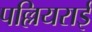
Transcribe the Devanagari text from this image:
पल्लियराई